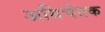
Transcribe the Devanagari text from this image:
अधिचेतक